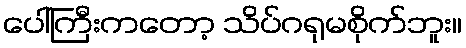
ပေါ်ကြီးကတော့ သိပ်ဂရုမစိုက်ဘူး။